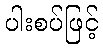
ပါးစပ်ဖြင့်